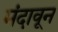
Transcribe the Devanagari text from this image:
मंदावून